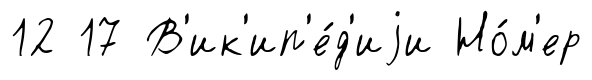
12 17 В'ик'ип'е́д'иjи Но́м'ер